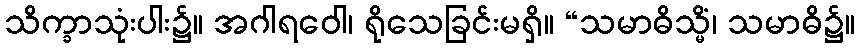
သိက္ခာသုံးပါး၌။ အဂါရဝေါ၊ ရိုသေခြင်းမရှိ။ “သမာဓိသ္မိံ၊ သမာဓိ၌။